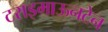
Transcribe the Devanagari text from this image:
टराइमाऊनटेन